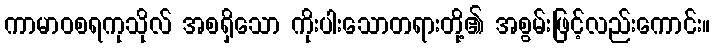
ကာမာဝစရကုသိုလ် အစရှိသော ကိုးပါးသောတရားတို့၏ အစွမ်းဖြင့်လည်းကောင်း။